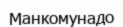
Манкомунадо